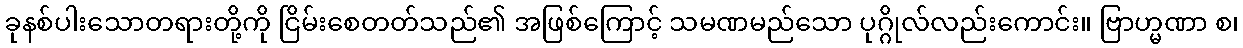
ခုနစ်ပါးသောတရားတို့ကို ငြိမ်းစေတတ်သည်၏ အဖြစ်ကြောင့် သမဏမည်သော ပုဂ္ဂိုလ်လည်းကောင်း။ ဗြာဟ္မဏာ စ၊